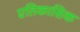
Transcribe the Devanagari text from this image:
एतिकासिक